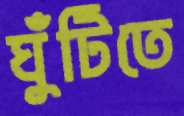
ঘুঁটিতে